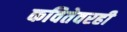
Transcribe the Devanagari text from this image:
कवितेवरही